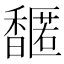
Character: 𬳤